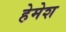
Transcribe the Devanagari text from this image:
हेमेश